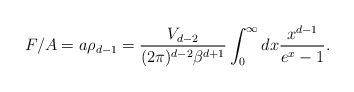
\begin{align*} F/A = a \rho_{d-1} = \frac{V_{d-2}}{(2\pi)^{d-2} \beta^{d+1}} \int_0^\infty dx \frac{x^{d-1}}{e^x-1} .\end{align*}